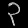
Digit: ၃